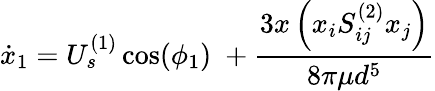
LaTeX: \dot{x}_{1}=U_{s}^{(1)}\cos(\phi_{1})\; +\frac{3x\left(x_{i}S_{ij}^{(2)}x_{j}\right)}{8\pi\mu d^{5}}